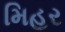
મિહર